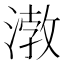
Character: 㴾